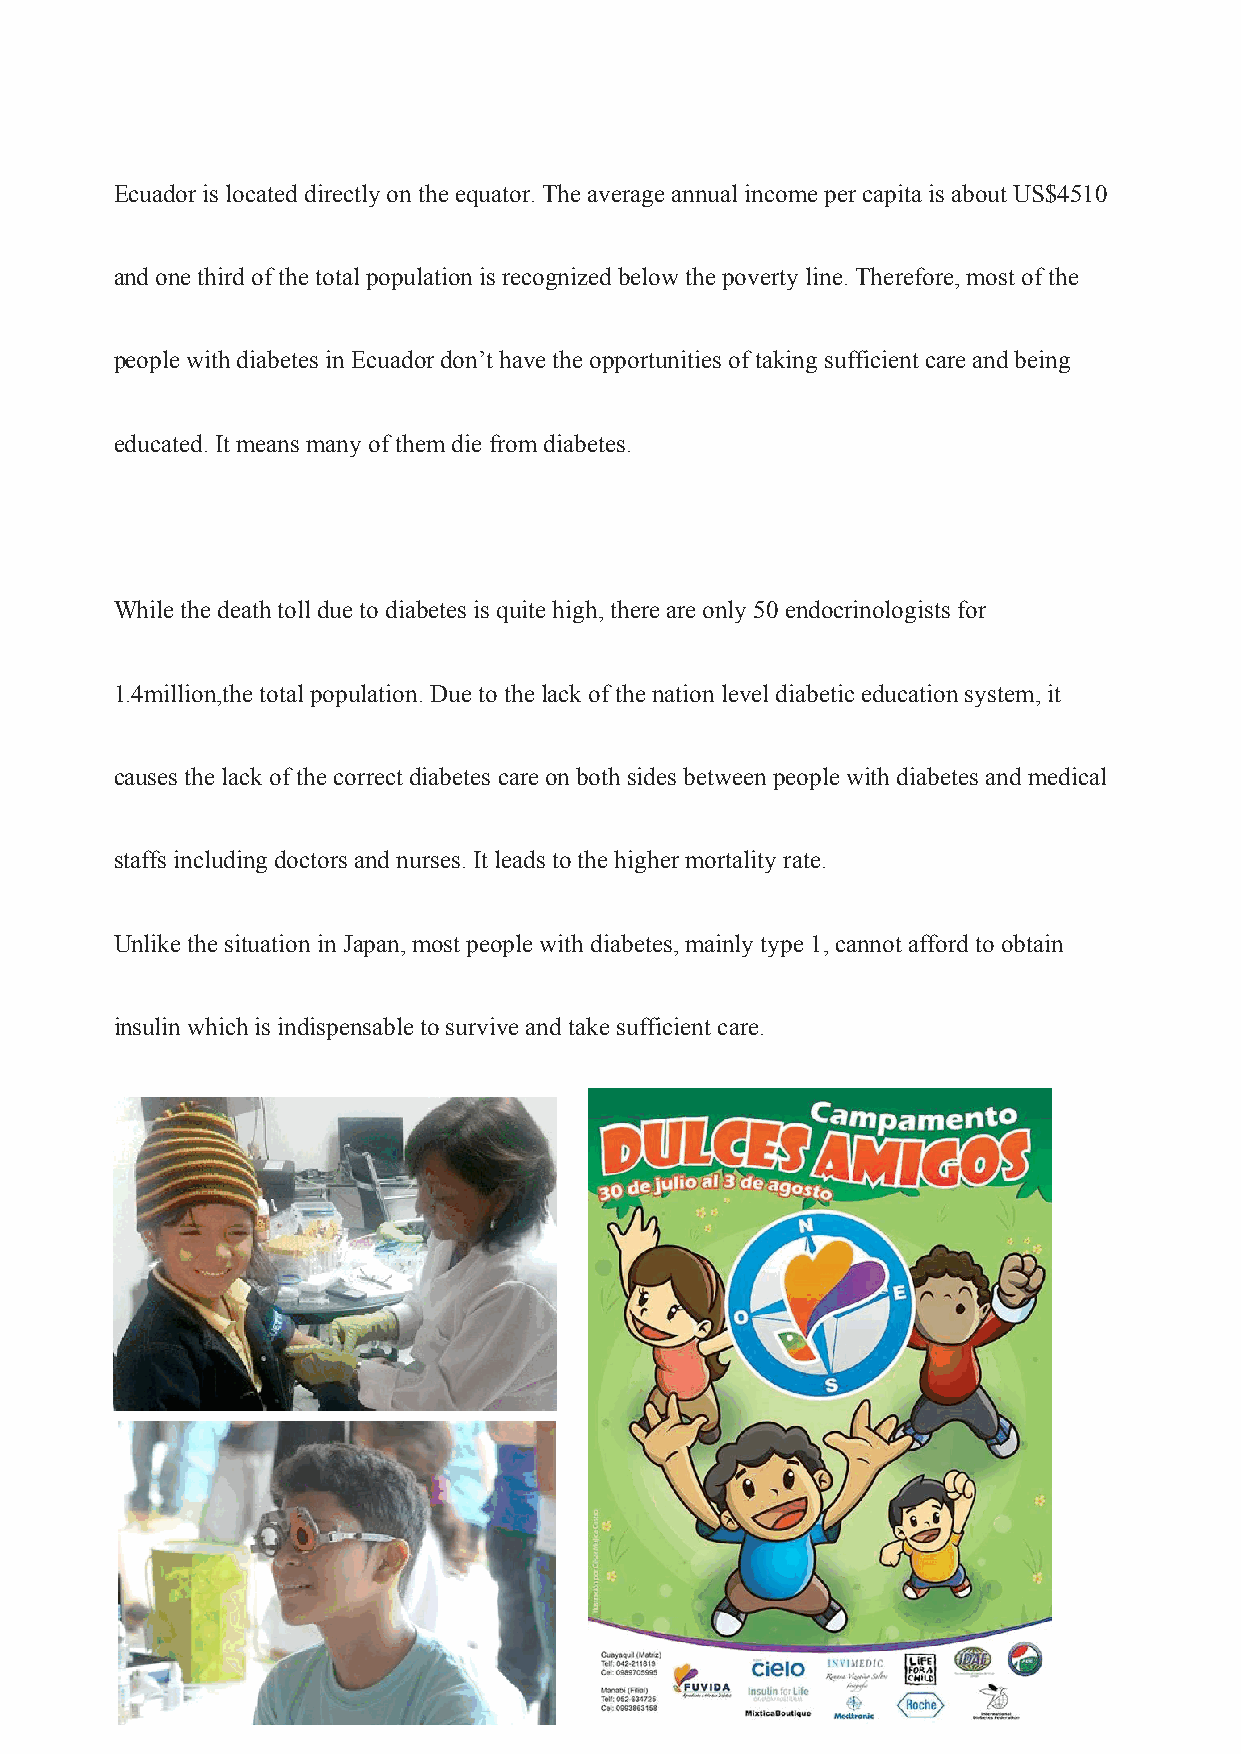
Ecuador is located directly on the equator. The average annual income per capita is about US$4510
 and one third of the total population is recognized below the poverty line. Therefore, most of the
 people with diabetes in Ecuador don’t have the opportunities of taking sufficient care and being
 educated. It means many of them die from diabetes.
 While the death toll due to diabetes is quite high, there are only 50 endocrinologists for
 1.4million,the total population. Due to the lack of the nation level diabetic education system, it
 causes the lack of the correct diabetes care on both sides between people with diabetes and medical
 staffs including doctors and nurses. It leads to the higher mortality rate.
 Unlike the situation in Japan, most people with diabetes, mainly type 1, cannot afford to obtain
 insulin which is indispensable to survive and take sufficient care.